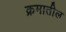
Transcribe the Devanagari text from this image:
क्रमातील